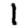
Digit: 1